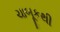
ચાબૂકથી